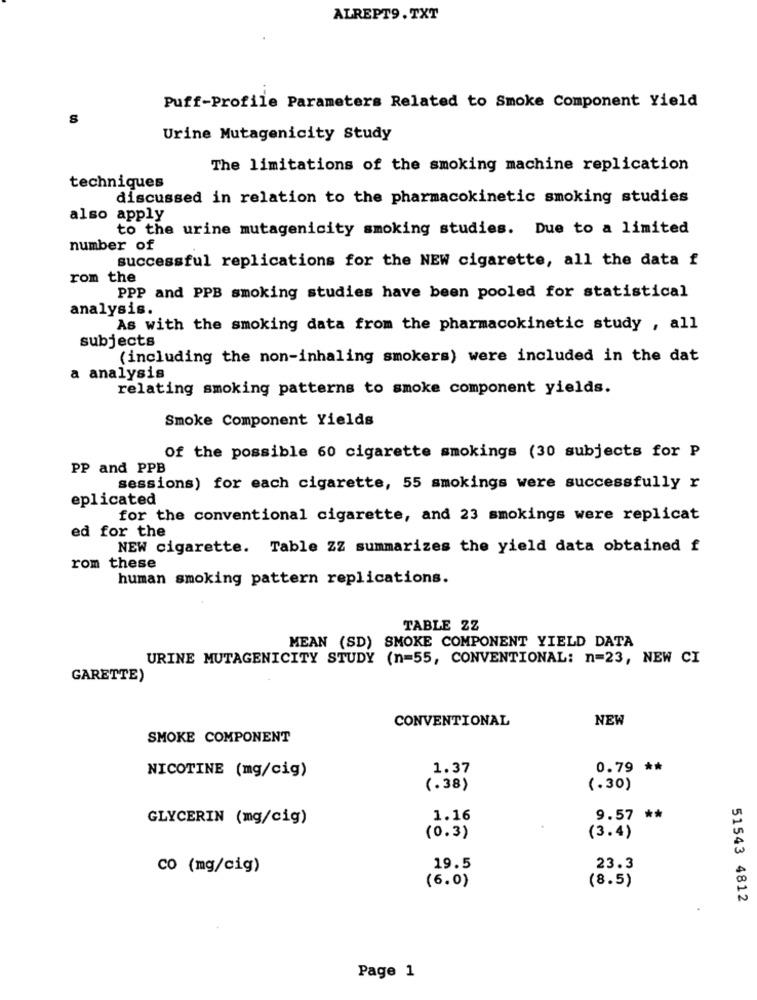
ALREPT9. TXT
Puff-Profile Parameters Related to Smoke Component Yield
S
Urine Mutagenicity Study
The limitations of the smoking machine replication
techniques
discussed in relation to the pharmacokinetic smoking studies
also apply
to the urine mutagenicity smoking studies. Due to a limited
number of
successful replications for the NEW cigarette, all the data f
rom the
PPP and PPB smoking studies have been pooled for statistical
analysis.
As with the smoking data from the pharmacokinetic study , all
subjects
(including the non-inhaling smokers) were included in the dat
a analysis
relating smoking patterns to smoke component yields.
Smoke Component Yields
Of the possible 60 cigarette smokings (30 subjects for P
PP and PPB
sessions) for each cigarette, 55 smokings were successfully r
eplicated
for the conventional cigarette, and 23 smokings were replicat
ed for the
NEW cigarette. Table ZZ summarizes the yield data obtained f
rom these
human smoking pattern replications.
TABLE ZZ
MEAN (SD) SMOKE COMPONENT YIELD DATA
URINE MUTAGENICITY STUDY (n=55, CONVENTIONAL: n=23, NEW CI
GARETTE)
CONVENTIONAL
NEW
SMOKE COMPONENT
1.37
0.79 **
NICOTINE (mg/cig)
(.38)
(.30)
GLYCERIN (mg/cig)
1.16
9.57 **
(0.3)
(3.4)
co (mg/cig)
19.5
23.3
(8.5)
(6.0)
51543 4812
Page 1